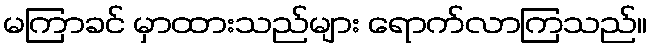
မကြာခင် မှာထားသည်များ ရောက်လာကြသည်။